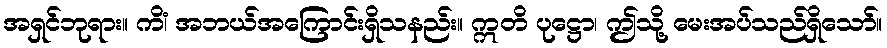
အရှင်ဘုရား။ ကိံ၊ အဘယ်အကြောင်းရှိသနည်း။ ဣတိ ပုဋ္ဌော၊ ဤသို့ မေးအပ်သည်ရှိသော်။